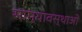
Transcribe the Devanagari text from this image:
साम्यावस्थाओं